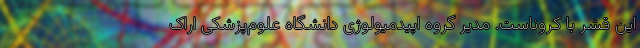
این قشر با کروناست. مدیر گروه اپیدمیولوژی دانشگاه علوم‌پزشکی اراک